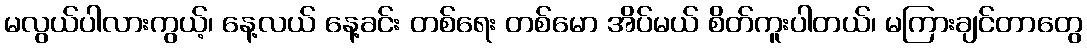
မလွယ်ပါလားကွယ့်၊ နေ့လယ် နေ့ခင်း တစ်ရေး တစ်မော အိပ်မယ် စိတ်ကူးပါတယ်၊ မကြားချင်တာတွေ